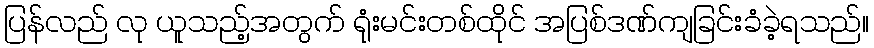
ပြန်လည် လု ယူသည့်အတွက် ရုံးမင်းတစ်ထိုင် အပြစ်ဒဏ်ကျခြင်းခံခဲ့ရသည်။